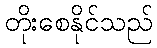
တိုးစေနိုင်သည်